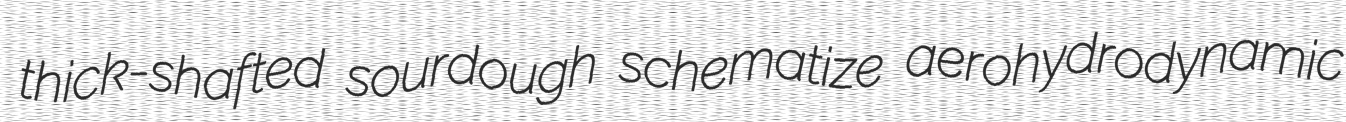
thick-shafted sourdough schematize aerohydrodynamic